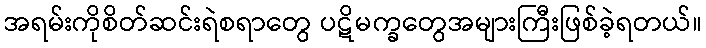
အရမ်းကိုစိတ်ဆင်းရဲစရာတွေ ပဋိမက္ခတွေအများကြီးဖြစ်ခဲ့ရတယ်။